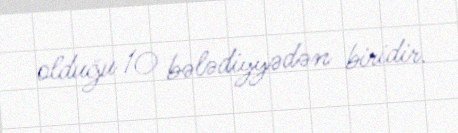
olduğu 10 bələdiyyədən biridir.